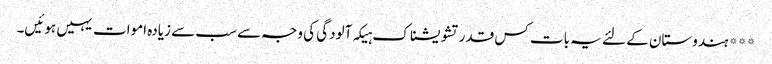
*** ہندوستان کے لئے یہ بات کس قدر تشویشناک ہیکہ آلودگی کی وجہ سے سب سے زیادہ اموات یہیں ہوئیں۔